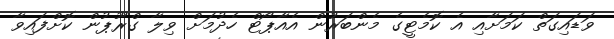
ވަޑައިގަތް ކަމަށާއި އެ ކޮމެޓީގެ މެންބަރުން އެއާޕޯޓް ހެދުމަށް ވިލާ ގްރޫޕުން ކޮށްފައިވާ